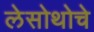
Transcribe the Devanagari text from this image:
लेसोथोचे